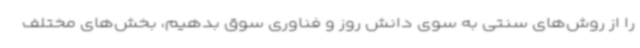
را از روش‌های سنتی به سوی دانش روز و فناوری سوق بدهیم، بخش‌های مختلف